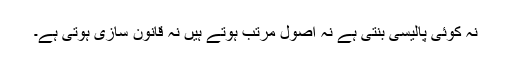
نہ کوئی پالیسی بنتی ہے نہ اصول مرتب ہوتے ہیں نہ قانون سازی ہوتی ہے۔